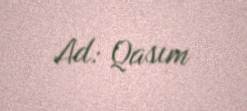
Ad: Qasım